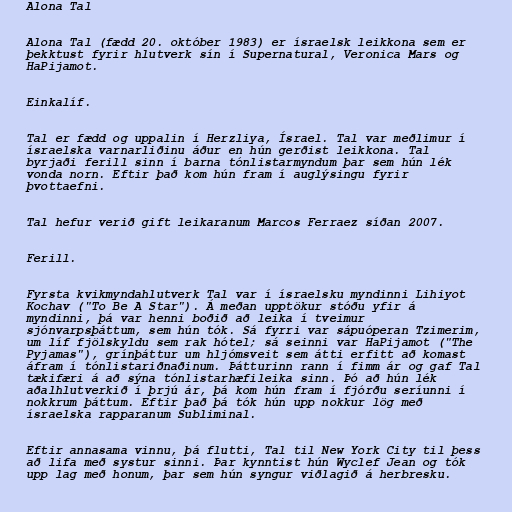
Alona Tal

Alona Tal (fædd 20. október 1983) er ísraelsk leikkona sem er
þekktust fyrir hlutverk sín í Supernatural, Veronica Mars og
HaPijamot.

Einkalíf.

Tal er fædd og uppalin í Herzliya, Ísrael. Tal var meðlimur í
ísraelska varnarliðinu áður en hún gerðist leikkona. Tal
byrjaði ferill sinn í barna tónlistarmyndum þar sem hún lék
vonda norn. Eftir það kom hún fram í auglýsingu fyrir
þvottaefni.

Tal hefur verið gift leikaranum Marcos Ferraez síðan 2007.

Ferill.

Fyrsta kvikmyndahlutverk Tal var í ísraelsku myndinni Lihiyot
Kochav ("To Be A Star"). Á meðan upptökur stóðu yfir á
myndinni, þá var henni boðið að leika í tveimur
sjónvarpsþáttum, sem hún tók. Sá fyrri var sápuóperan Tzimerim,
um líf fjölskyldu sem rak hótel; sá seinni var HaPijamot ("The
Pyjamas"), grínþáttur um hljómsveit sem átti erfitt að komast
áfram í tónlistariðnaðinum. Þátturinn rann í fimm ár og gaf Tal
tækifæri á að sýna tónlistarhæfileika sinn. Þó að hún lék
aðalhlutverkið í þrjú ár, þá kom hún fram í fjórðu seríunni í
nokkrum þáttum. Eftir það þá tók hún upp nokkur lög með
ísraelska rapparanum Subliminal.

Eftir annasama vinnu, þá flutti, Tal til New York City til þess
að lifa með systur sinni. Þar kynntist hún Wyclef Jean og tók
upp lag með honum, þar sem hún syngur viðlagið á herbresku.